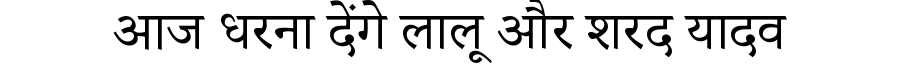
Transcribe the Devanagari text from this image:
आज धरना देंगे लालू और शरद यादव